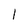
Character: I